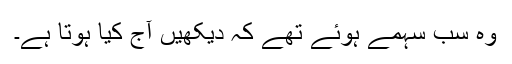
وہ سب سہمے ہوئے تھے کہ دیکھیں آج کیا ہوتا ہے۔